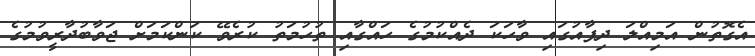
އެގޮތުން އަމިއްލަ ދިފާއުގައި ވާހަކަ ދެއްކުމުގެ ހައްގާއި ތުހުމަތު ކުރެވޭ ކަންކަމަށް ޖަވާބުދާރީވުމުގެ